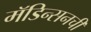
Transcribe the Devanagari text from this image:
मॅडिन्सनची